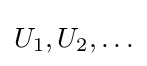
U_{1},U_{2},\ldots